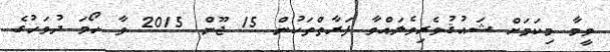
ވީމާ މިކަމަށް ޝައުޤުވެރިވެލައްވާ ފަރާތްތަކުން 15 ޖޫން 2015 ވާ ހޯމަ ދުވަހުގެ